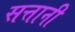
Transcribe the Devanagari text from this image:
सत्तानी